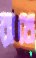
রাখে